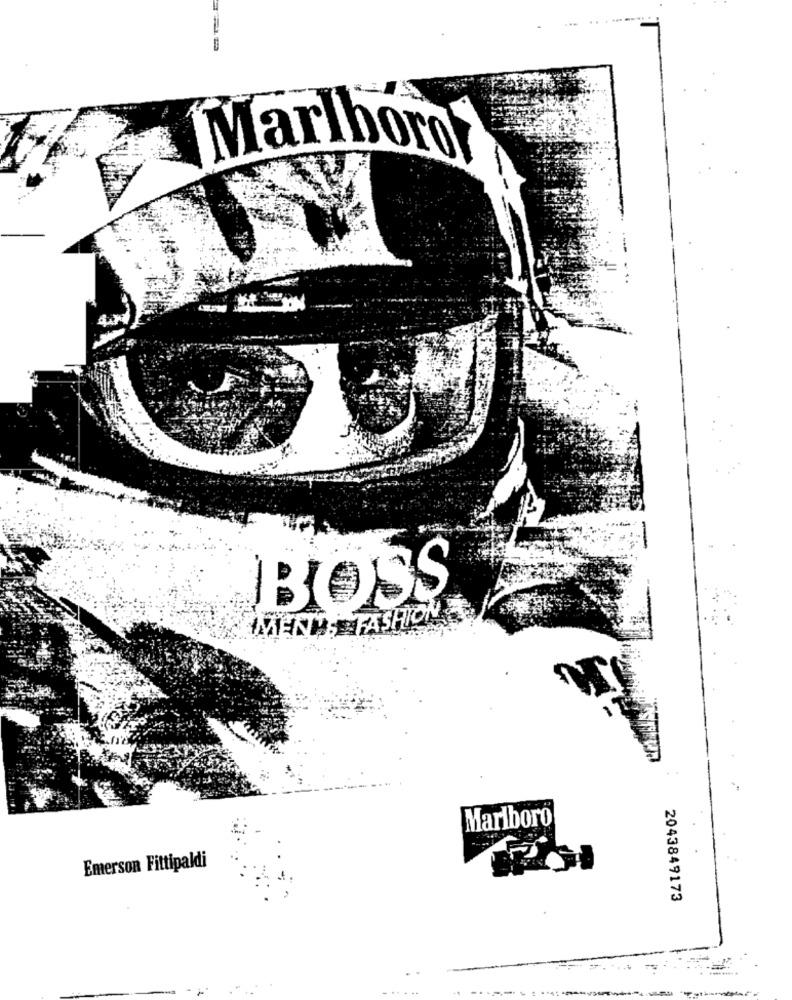
Marlboro
BOSS
IMEN; FASHION
Marlboro
Emerson Fittipaldi
2043849173